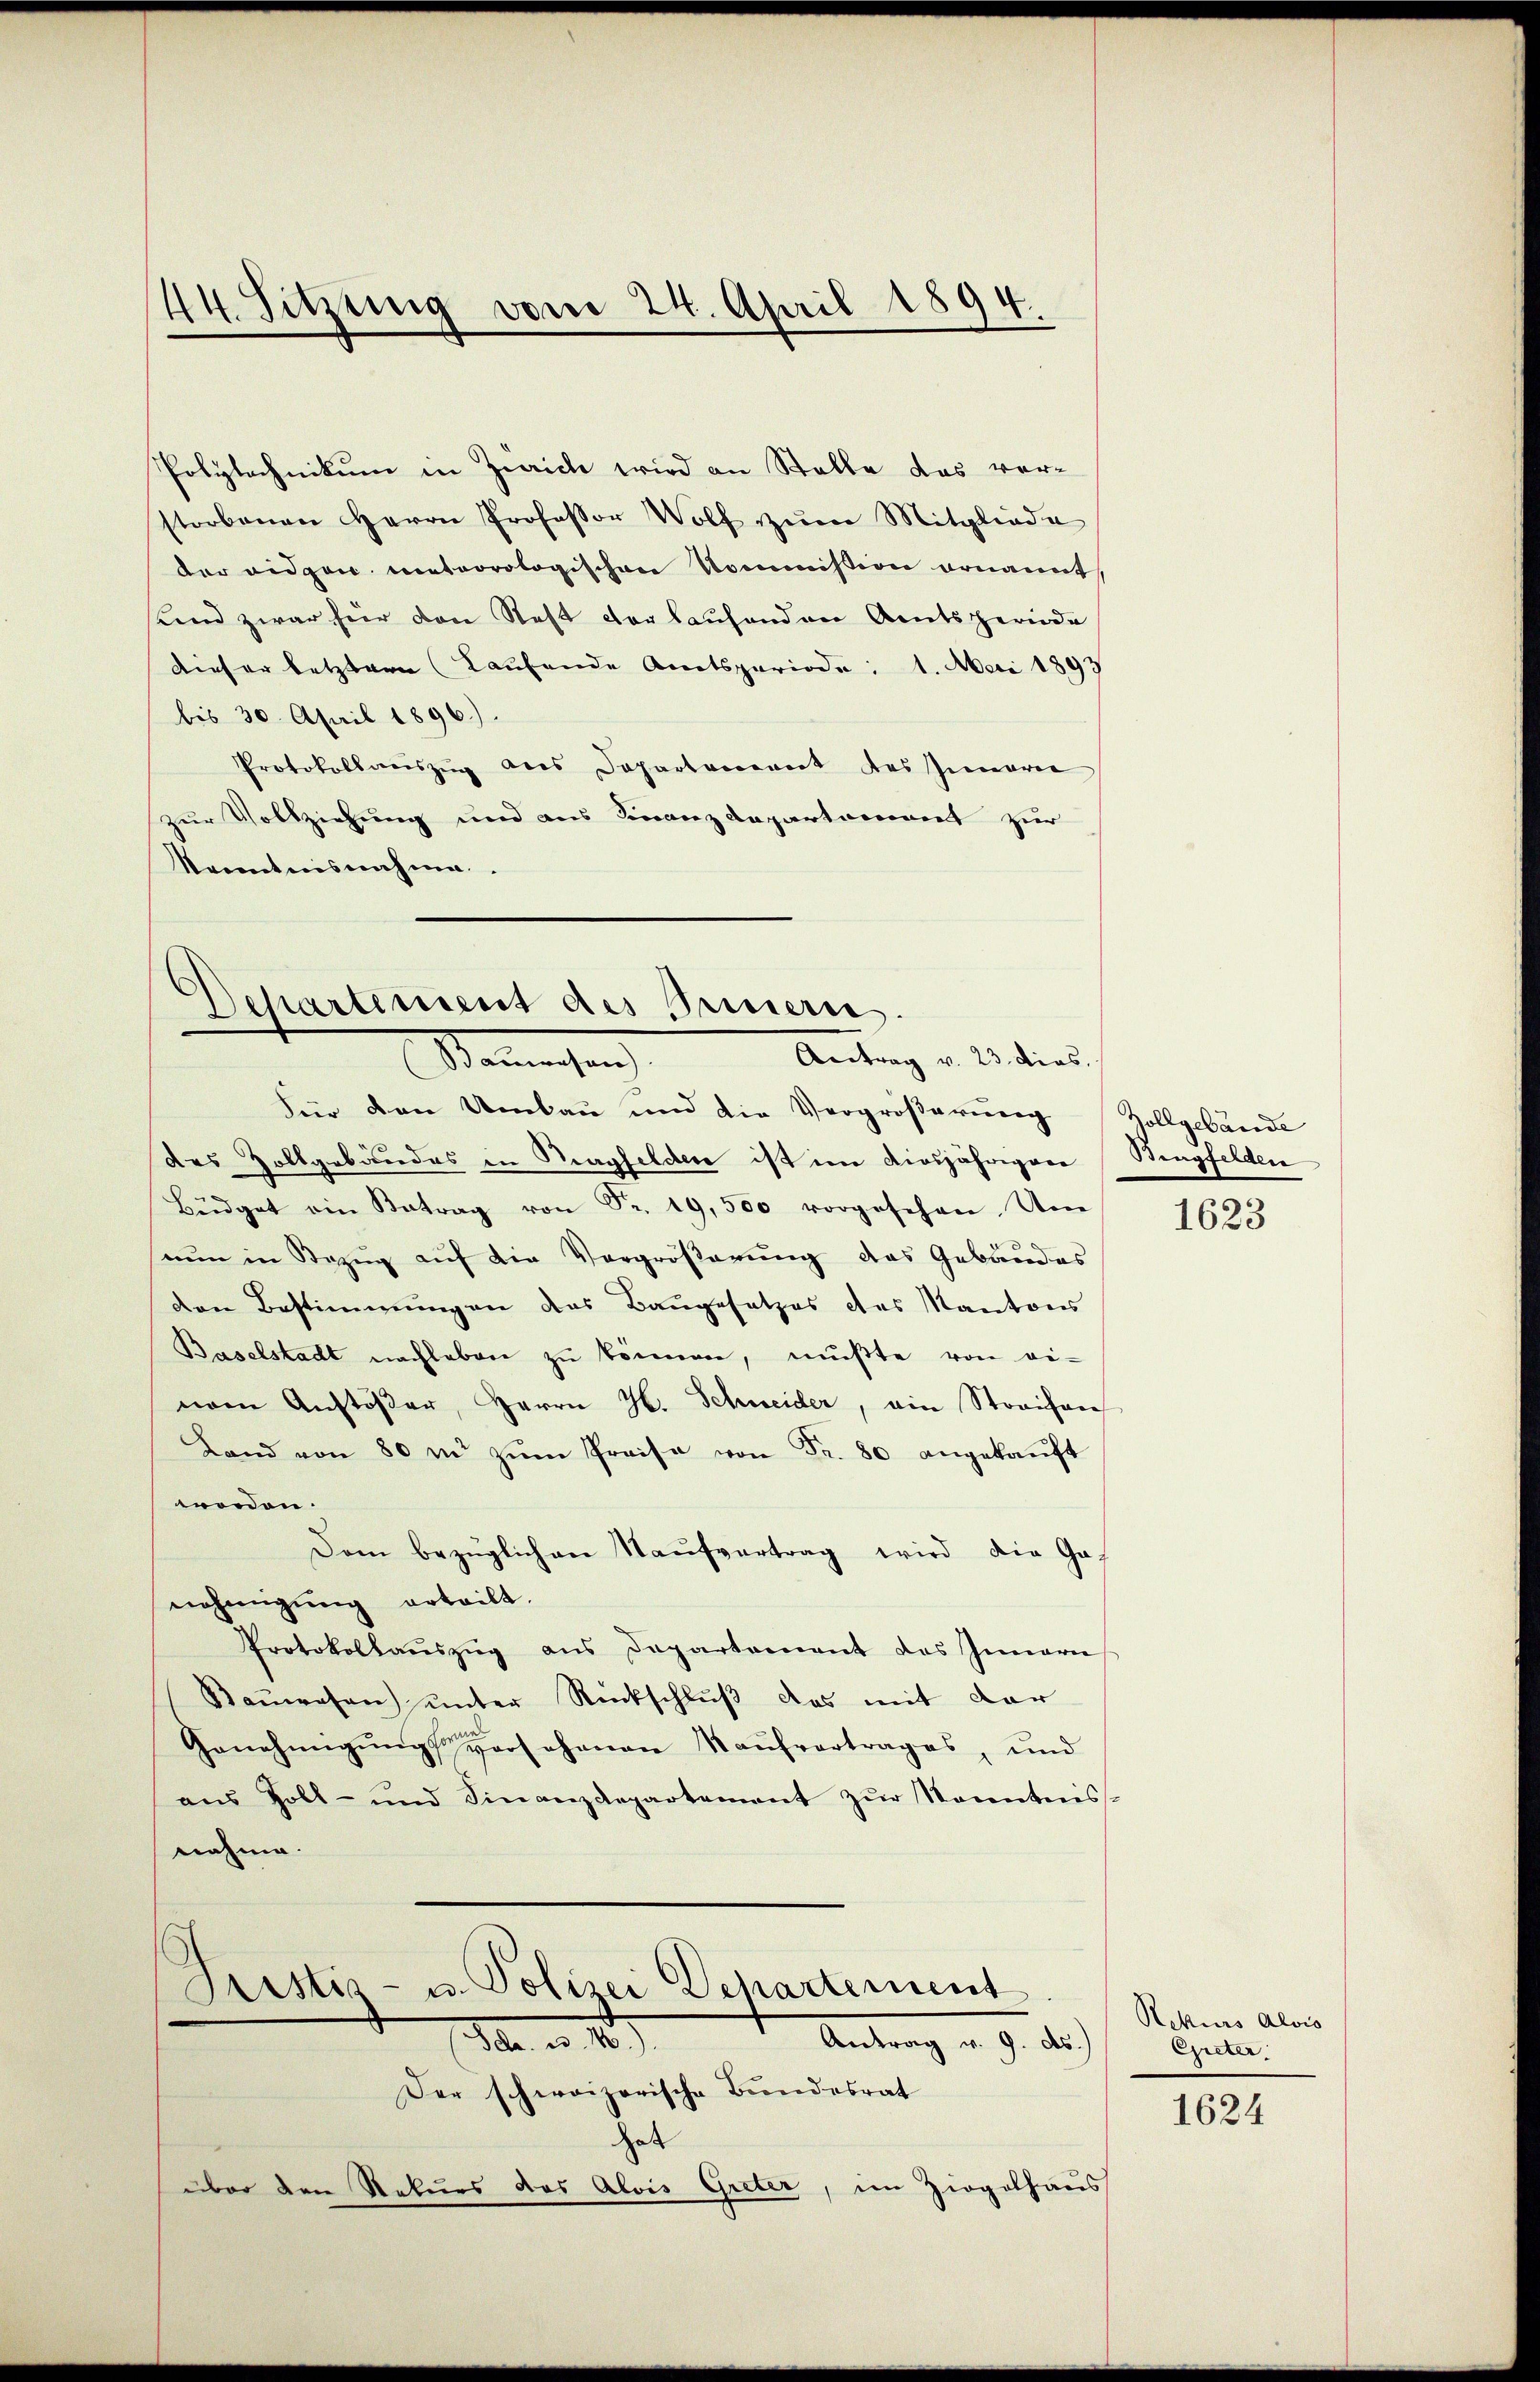
Polytechnikum in Zürich wird an Stelle das verstorbenen Herrn Professor Wolf zum Mitgliede
der eidgen. meteorologischen Kommission ernannt
und zwar für den Rest der laufenden Amtsperiode
dieser letztern (Laufende Amtsperiode: 1. Mai 1893
bis 30. April 1896).
Protokollauszug aus Departement des Inneren
zur Vollziehung und aus Finanzdepartement zur
Kenntnisnahme

44. Sitzung vom 24. April 1894.

Departement des Innern.
Antrag v. 23. dies
Kaninchen

Für den Umbau und die Vergrößerung (Zollgebäude
des Zollgebäudes in Magfelden ist im diesjährigere Singfelden
Büdget ein Betrag von Fr. 19,500 vorgesehen. Um
suum in Bezug auf die Vergrößerung das Gebäudes
den Bestimmungen das Baugesetzes des Kantons
Baselstadt nachleben zu können, mußte von ei-
nem Anstößer, Herrn H. Schweider, ein Streifen
Land von 80 u. zŭm Preise von Fr. 80 angekaŭft
weden.
Dem bezüglichen Kaŭfvertrag wird die Gas
nehmigung erteilt.
Protokollaŭszŭg ans Departement des Innern
Baŭwesen unter Rückschluß das mit dar
Genehmigung vorsehenen Kaufvertrages, und
aus Zoll- und Finanzdepartement zŭr Kenntnis-
nahme.

Pristis- u. Polizei Departement
Antrag v. 9. d.
Er. a. 10.

Der schweizerische Bundesrat
hat
über den Rekurs das Alois Greter, im Ziegelhaus

1623

Rekurs Alois
Greter
1624